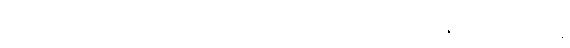
မြန်မာပြည်မှာနေကြသည်၊ ဘယ်သူ လာကူပါ့မယ် စတဲ့ ဝတ္ထုတွေမှာလည်း ဇာတ်အိမ်လေးလေးနဲ့